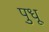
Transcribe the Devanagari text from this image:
पुधू